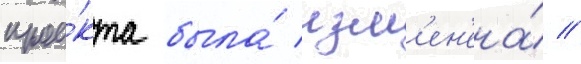
прое́кта была́ изм'ен'ена́ //